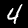
Digit: 4